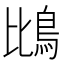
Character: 𫚰